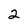
Character: 2